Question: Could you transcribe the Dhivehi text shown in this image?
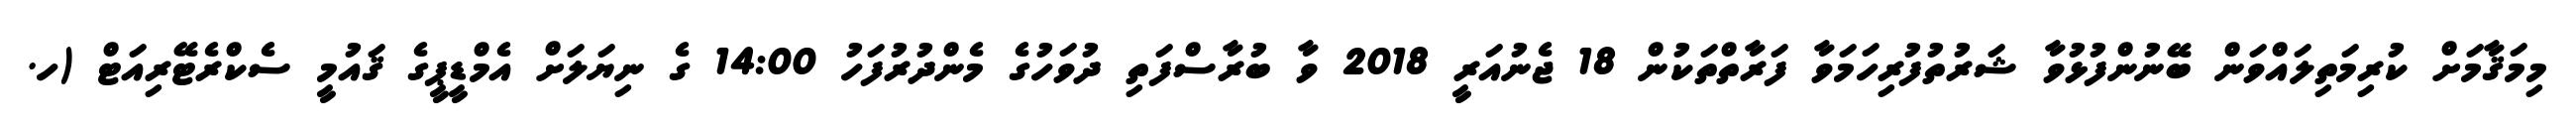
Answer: މިމަޤާމަށް ކުރިމަތިލައްވަން ބޭނުންފުޅުވާ ޝަރުތުފުރިހަމަވާ ފަރާތްތަކުން 18 ޖެނުއަރީ 2018 ވާ ބުރާސްފަތި ދުވަހުގެ މެންދުރުފަހު 14:00 ގެ ނިޔަލަށް އެމްޑީޕީގެ ޤައުމީ ސެކްރެޓޭރިއަޓް (ހ.